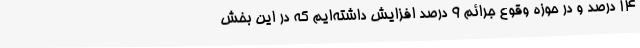
14 درصد و در حوزه وقوع جرائم 9 درصد افزایش داشته‌ایم که در این بخش